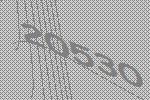
20530